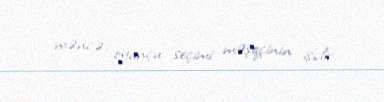
məncə, oyunçu seçimi məşqçinin işidir.